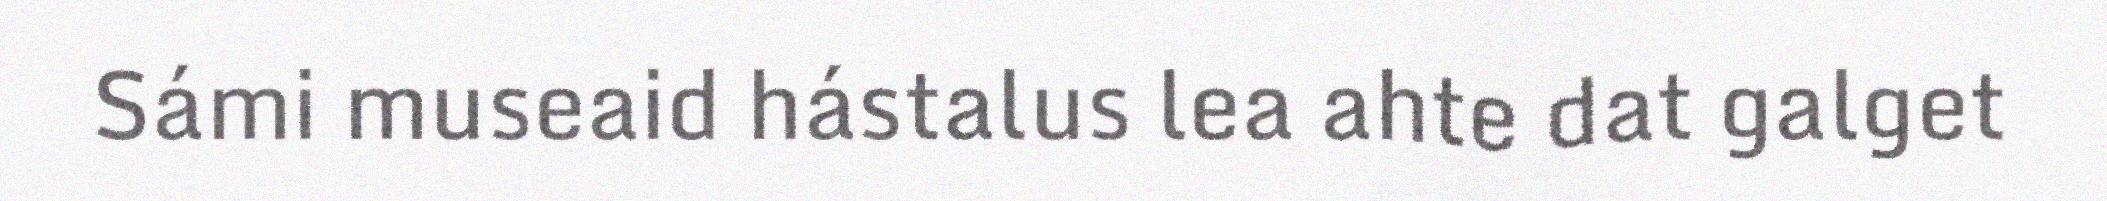
Sámi museaid hástalus lea ahte dat galget